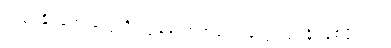
မလုပ်နိုင်ခဲ့တာတွေကို ကျွန်တော့်ကလေးတွေ လုပ်နိုင်စေဖို့ ပါပဲ။